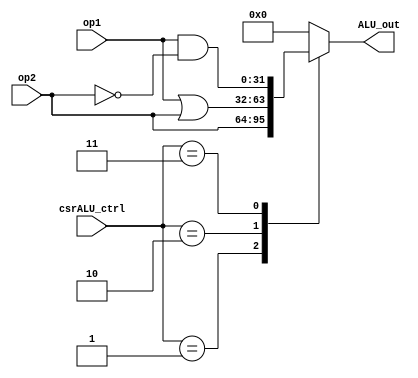
`timescale 1ns / 1ps
//////////////////////////////////////////////////////////////////////////////////
// Company: 
// Engineer: 
// 
// Design Name: 
// Module Name: CSR_ALU
// Project Name: 
// Target Devices: 
// Tool Versions: 
// Description: 
// 
// Dependencies: 
// 
// Revision:
// Revision 0.01 - File Created
// Additional Comments:
// 
//////////////////////////////////////////////////////////////////////////////////


module CSR_ALU(
    input wire [31:0] op1,
    input wire [31:0] op2,
    input wire [1:0] csrALU_ctrl,
    output reg [31:0] ALU_out
    );
    always @ (*)
    begin
    case(csrALU_ctrl)
        2'b01:ALU_out = op2;
        2'b10:ALU_out = op1 | op2;
        2'b11:ALU_out = op1 & (~ op2);
        default:
        ALU_out = 32'h0;
    endcase
    end
endmodule